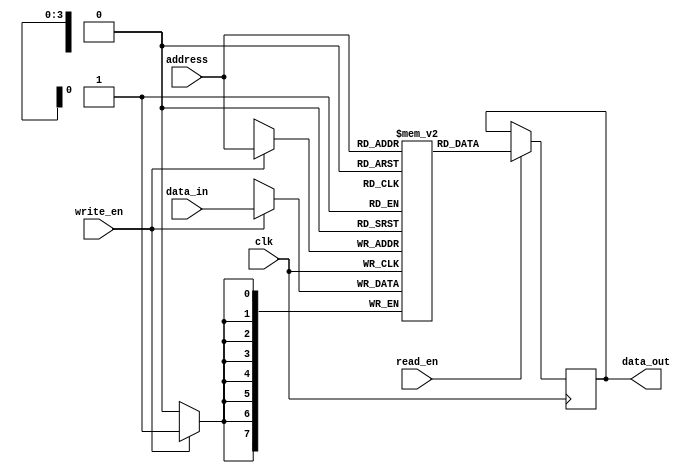
module flash_rom (
  input wire clk,            // Clock signal
  input wire read_en,        // Read enable signal
  input wire write_en,       // Write enable signal
  input wire [addr_width-1:0] address,   // Address input width
  input wire [data_width-1:0] data_in,   // Data input width for write operation
  output reg [data_width-1:0] data_out    // Data output width for read operation
);

parameter mem_depth = 16;   // Memory block size
parameter addr_width = 4;   // Address input width
parameter data_width = 8;   // Data output width

reg [data_width-1:0] memory [0:mem_depth-1];   // Memory block array

always @ (posedge clk) begin
  if (read_en) begin
    data_out <= memory[address];
  end
  if (write_en) begin
    memory[address] <= data_in;
  end
end

endmodule